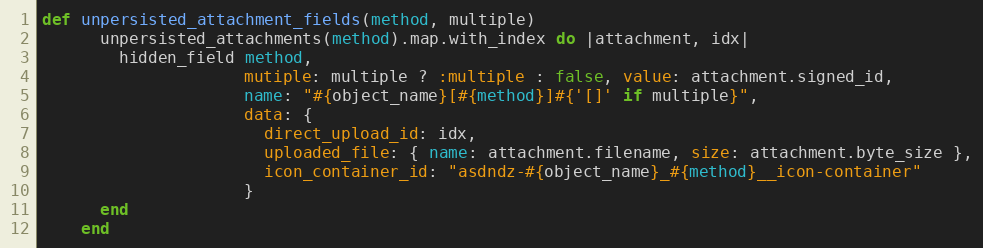
Language: Ruby
def unpersisted_attachment_fields(method, multiple)
      unpersisted_attachments(method).map.with_index do |attachment, idx|
        hidden_field method,
                     mutiple: multiple ? :multiple : false, value: attachment.signed_id,
                     name: "#{object_name}[#{method}]#{'[]' if multiple}",
                     data: {
                       direct_upload_id: idx,
                       uploaded_file: { name: attachment.filename, size: attachment.byte_size },
                       icon_container_id: "asdndz-#{object_name}_#{method}__icon-container"
                     }
      end
    end